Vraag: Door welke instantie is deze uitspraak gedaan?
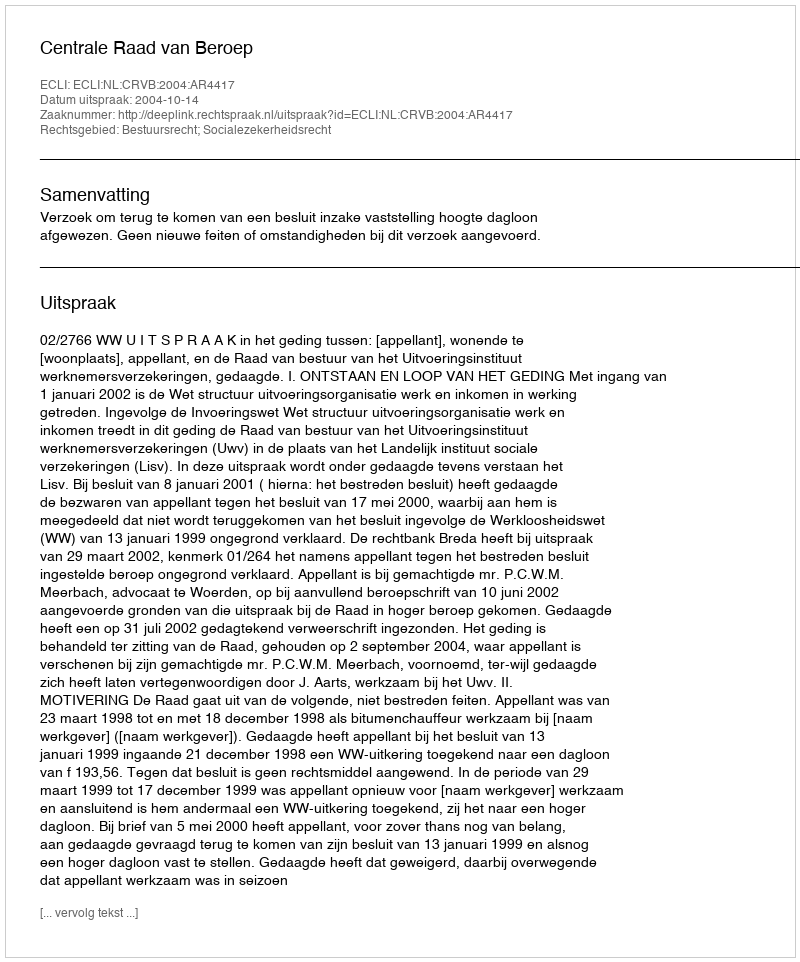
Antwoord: Centrale Raad van Beroep